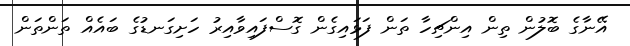
އޭނާގެ ބޮލުން ތިން އިންޗިހާ ތަން ފަޅައިގެން ގޮސްފައިވާއިރު ހަށިގަނޑުގެ ބައެއް ތަންތަން